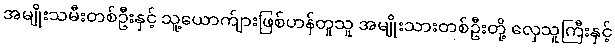
အမျိုးသမီးတစ်ဦးနှင့် သူ့ယောက်ျားဖြစ်ဟန်တူသူ အမျိုးသားတစ်ဦးတို့ လှေသူကြီးနှင့်